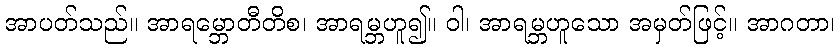
အာပတ်သည်။ အာရမ္ဘောတီတိစ၊ အာရမ္ဘဟူ၍။ ဝါ၊ အာရမ္ဘဟူသော အမှတ်ဖြင့်။ အာဂတာ၊